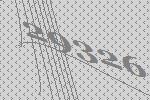
29326